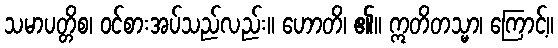
သမာပတ္တိစ၊ ဝင်စားအပ်သည်လည်း။ ဟောတိ၊ ၏။ ဣတိတသ္မာ၊ ကြောင့်။